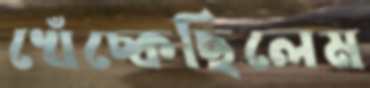
খেঁচ্‌কেছিলেম